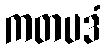
ကတပဒံ